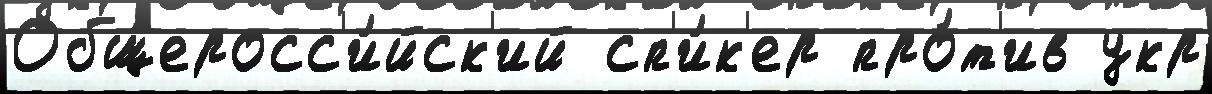
Общеросс'и́йск'ий сп'и́к'ер про́т'ив укр